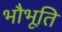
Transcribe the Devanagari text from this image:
भौभूति